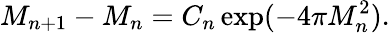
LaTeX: M_{n+1}-M_{n}=C_{n}\exp(-4\pi M_{n}^{2}).